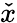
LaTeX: \check{x}